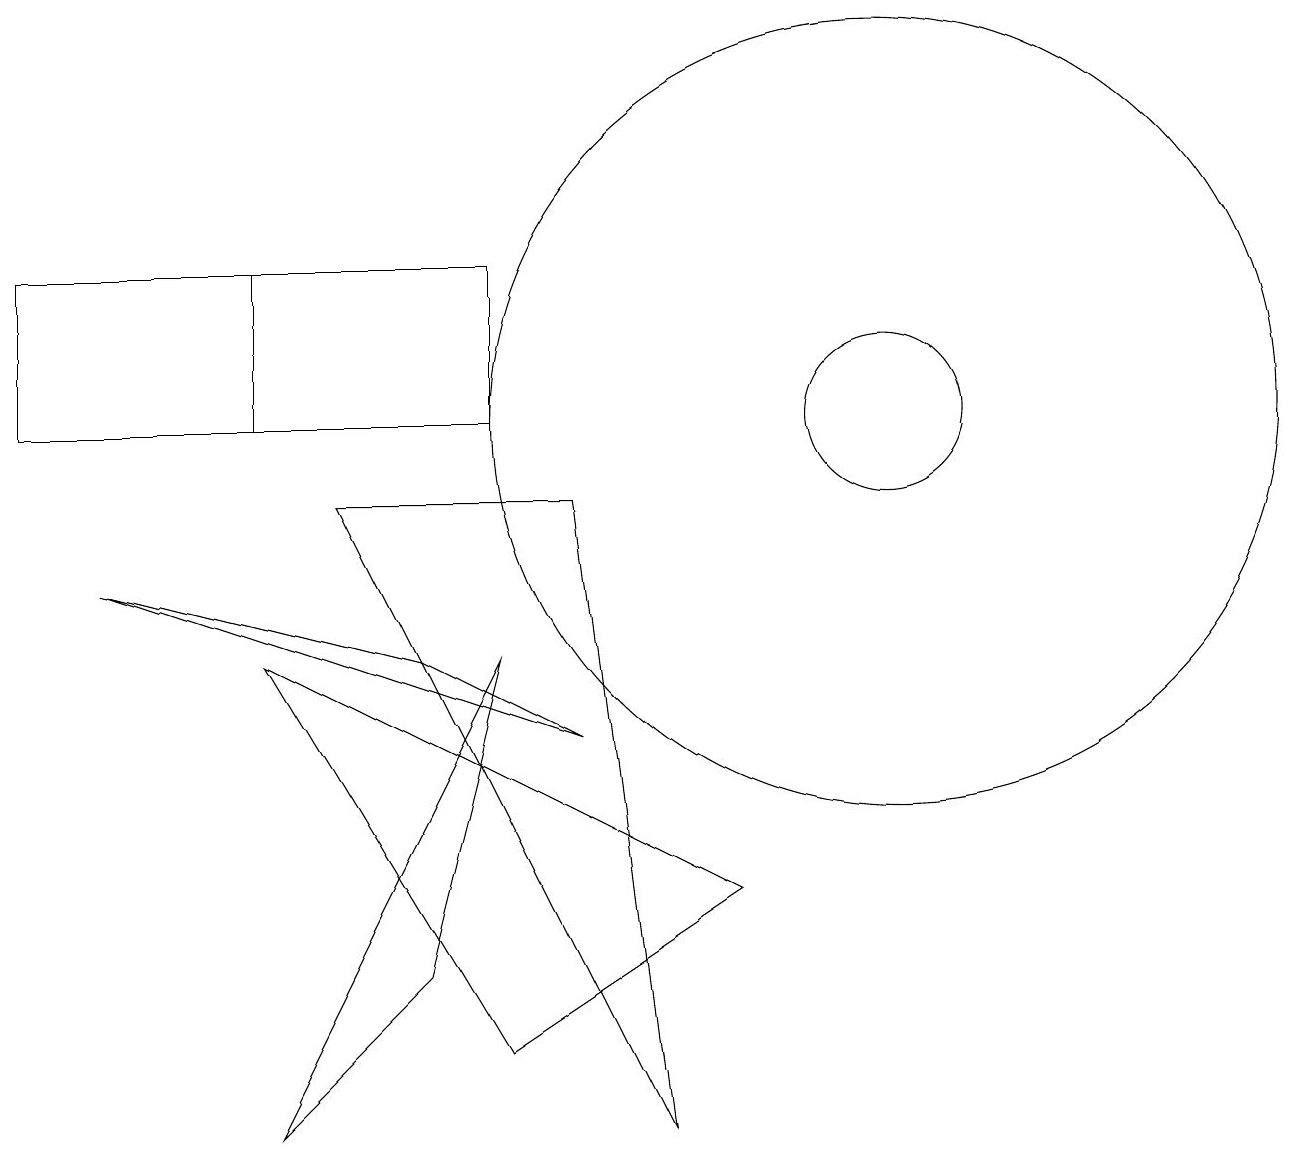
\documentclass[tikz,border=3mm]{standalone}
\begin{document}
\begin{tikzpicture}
\draw (5,7) -- (1,8) -- (7,6) -- cycle;
\draw (3,12) rectangle (0,10);
\draw (11,10) circle (1);
\draw (11,10) circle (5);
\draw (8,1) -- (4,9) -- (7,9) -- cycle;
\draw (9,4) -- (6,2) -- (3,7) -- cycle;
\draw (6,12) rectangle (0,10);
\draw (5,3) -- (3,1) -- (6,7) -- cycle;
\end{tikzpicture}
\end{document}